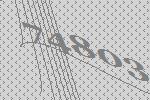
74803